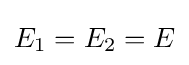
E_{1}=E_{2}=E